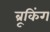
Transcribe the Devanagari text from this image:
ब्रूकिंग